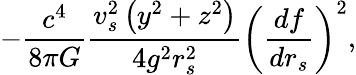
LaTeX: -{\frac{c^{4}}{8\pi G}}{\frac{v_{s}^{2}\left(y^{2}+z^{2}\right)}{4g^{2}r_{s}^{2}}}\left({\frac{df}{dr_{s}}}\right)^{2},